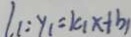
l _ { 1 } : y _ { 1 } = k _ { 1 } x + b _ { 1 }